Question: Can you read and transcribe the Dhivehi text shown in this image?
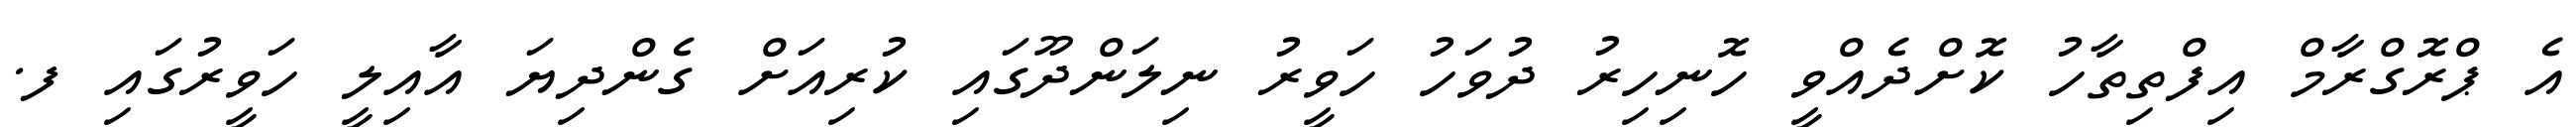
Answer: އެ ޕްރޮގްރާމް އިފްތިތާހު ކޮށްދެއްވީ ހޮނިހިރު ދުވަހު ހަވީރު ނިލަންދޫގައި ކުރިއަށް ގެންދިޔަ އާއިލީ ހަވީރުގައި ފ.